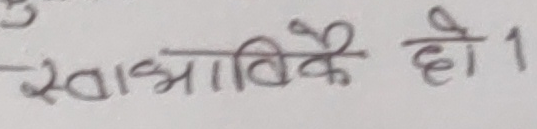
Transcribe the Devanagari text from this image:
स्वाभाविकै हो।